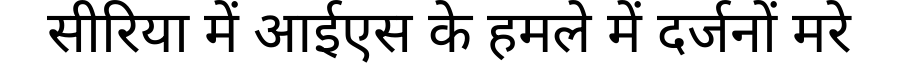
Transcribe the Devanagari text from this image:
सीरिया में आईएस के हमले में दर्जनों मरे